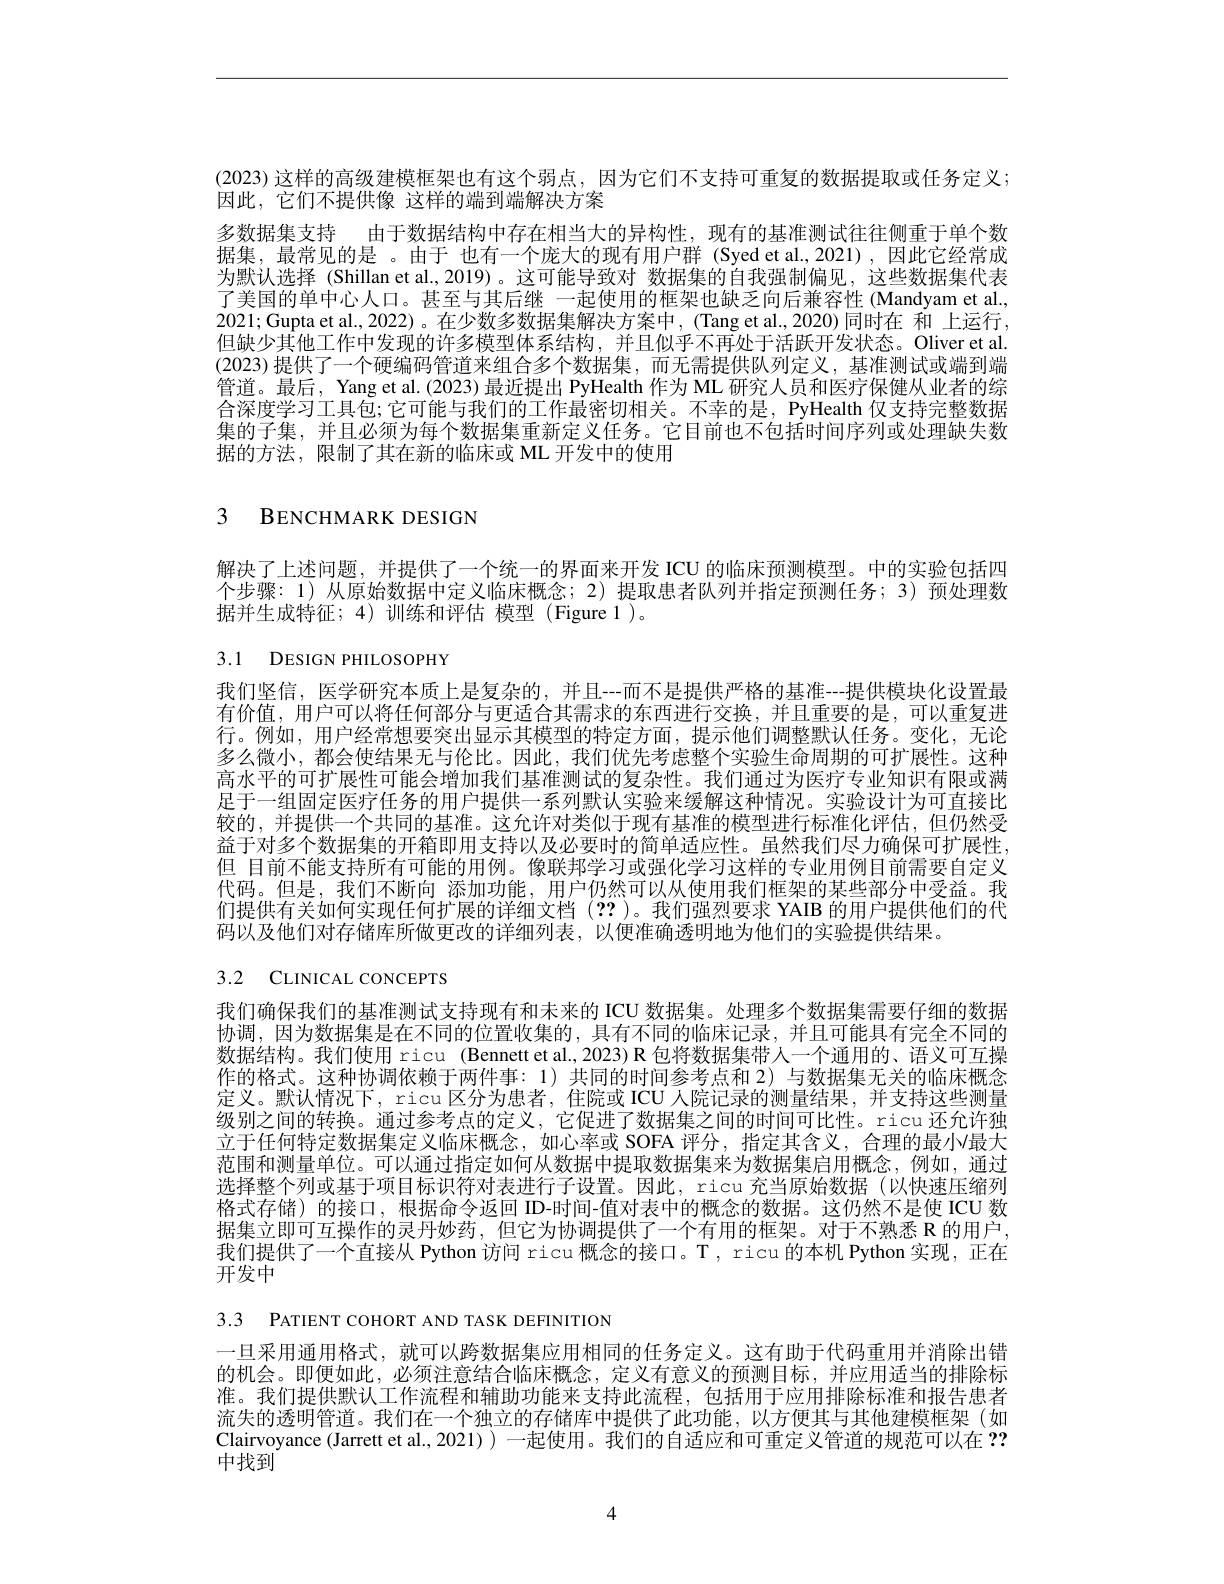
(2023) 这样的高级建模框架也有这个弱点，因为它们不支持可重复的数据提取或任务定义；
因此，它们不提供像 这样的端到端解决方案
多数据集支持 由于数据结构中存在相当大的异构性，现有的基准测试往往侧重于单个数据集，最常见的是 。由于 也有一个庞大的现有用户群 (Syed et al,2021),因此它经常成为默认选择 (Shillan et al.,2019)。这可能导致对 数据集的自我强制偏见，这些数据集代表了美国的单中心人口。甚至与其后继 一起使用的框架也缺乏向后兼容性 (Mandyam et al., 2021;Gupta et al., 2022)。在少数多数据集解决方案中，(Tang et al., 2020)同时在 和 上运行， 但缺少其他工作中发现的许多模型体系结构，并且似乎不再处于活跃开发状态。Oliver et al. (2023) 提供了一个硬编码管道来组合多个数据集，而无需提供队列定义，基准测试或端到端管道。最后，Yang et al. (2023) 最近提出 PyHealth 作为 ML 研究人员和医疗保健从业者的综合深度学习工具包；它可能与我们的工作最密切相关。不幸的是，PyHealth 仅支持完整数据集的子集，并且必须为每个数据集重新定义任务。它目前也不包括时间序列或处理缺失数据的方法，限制了其在新的临床或 ML 开发中的使用

## 3 BENCHMARK DESIGN

解决了上述问题，并提供了一个统一的界面来开发 ICU 的临床预测模型。中的实验包括四个步骤：1) 从原始数据中定义临床概念；2) 提取患者队列并指定预测任务；3) 预处理数据并生成特征；4)训练和评估 模型(Figure 1)。

3.1 DESIGN PHILOSOPHY

我们坚信，医学研究本质上是复杂的，并且--而不是提供严格的基准--提供模块化设置最有价值，用户可以将任何部分与更适合其需求的东西进行交换，并且重要的是，可以重复进行。例如，用户经常想要突出显示其模型的特定方面，提示他们调整默认任务。变化，无论多么微小，都会使结果无与伦比。因此，我们优先考虑整个实验生命周期的可扩展性。这种高水平的可扩展性可能会增加我们基准测试的复杂性。我们通过为医疗专业知识有限或满足于一组固定医疗任务的用户提供一系列默认实验来缓解这种情况。实验设计为可直接比较的，并提供一个共同的基准。这允许对类似于现有基准的模型进行标准化评估，但仍然受益于对多个数据集的开箱即用支持以及必要时的简单适应性。虽然我们尽力确保可扩展性， 但 目前不能支持所有可能的用例。像联邦学习或强化学习这样的专业用例目前需要自定义代码。但是，我们不断向 添加功能，用户仍然可以从使用我们框架的某些部分中受益。我们提供有关如何实现任何扩展的详细文档(??)。我们强烈要求 YAIB 的用户提供他们的代码以及他们对存储库所做更改的详细列表，以便准确透明地为他们的实验提供结果。

3.2 CLINICAL CONCEPTS

我们确保我们的基准测试支持现有和未来的 ICU 数据集。处理多个数据集需要仔细的数据协调，因为数据集是在不同的位置收集的，具有不同的临床记录，并且可能具有完全不同的数据结构。我们使用 ricu (Bennett et al.,2023) R 包将数据集带人一个通用的、语义可互操作的格式。这种协调依赖于两件事：1)共同的时间参考点和 2)与数据集无关的临床概念定义。默认情况下，ricu 区分为患者，住院或 ICU 人院记录的测量结果，并支持这些测量级别之间的转换。通过参考点的定义，它促进了数据集之间的时间可比性。ricu 还允许独立于任何特定数据集定义临床概念，如心率或 SOFA 评分，指定其含义，合理的最小最大范围和测量单位。可以通过指定如何从数据中提取数据集来为数据集启用概念，例如，通过选择整个列或基于项目标识符对表进行子设置。因此，ricu 充当原始数据 (以快速压缩列格式存储)的接口，根据命令返回 ID-时间-值对表中的概念的数据。这仍然不是使 ICU 数据集立即可互操作的灵丹妙药，但它为协调提供了一个有用的框架。对于不熟悉 R 的用户， 我们提供了一个直接从 Python 访问 ricu 概念的接口。T , ricu 的本机 Python 实现，正在开发中

3.3 PATIENT COHORT AND TASK DEFINITION

一旦采用通用格式，就可以跨数据集应用相同的任务定义。这有助于代码重用并消除出错的机会。即便如此，必须注意结合临床概念，定义有意义的预测目标，并应用适当的排除标准。我们提供默认工作流程和辅助功能来支持此流程，包括用于应用排除标准和报告患者流失的透明管道。我们在一个独立的存储库中提供了此功能，以方便其与其他建模框架(如Clairvoyance (Jarrett et al., 2021)) 一起使用。我们的自适应和可重定义管道的规范可以在？? 中找到

4